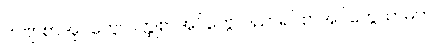
ကဗျာစာအုပ်တွေ၊ ဝတ္ထုစာအုပ်တွေ၊ ပညာရပ်စာအုပ်တွေသာမက